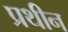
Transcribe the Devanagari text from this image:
प्रथीन